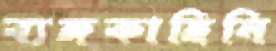
ব্যঙ্গকাহিনি